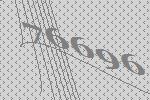
76696